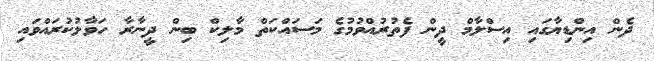
ދެން އިންޑިޔާގައި އިސްލާމް ދީން ފެތުރުއްވުމުގެ މަސައްކަތް މާލިކް ބިން ދީނާރާ ހަވާލުކުރައްވައި